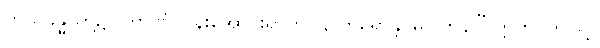
ကိုယ်ခန္ဓာတို့၌။ တာဏံ၊ ပုန်းအောင်းရာကို။ န ကရောန္တိ၊ မပြုကုန်။” ဣတိ၊ ဤသို့။